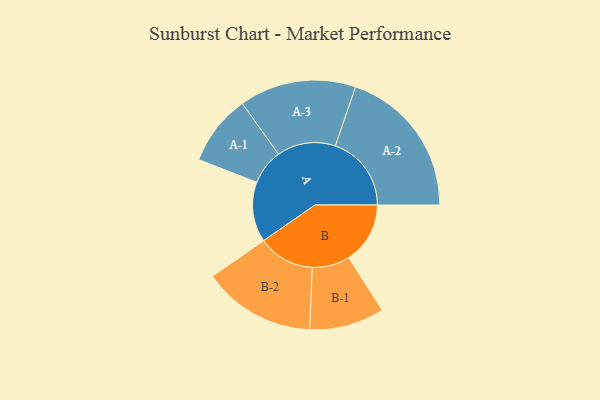
{"axis": {"x": "Segment", "y": "Value"}, "legend": ["", "A", "B"], "data": [{"x": "A", "y": 221, "type": ""}, {"x": "B", "y": 226, "type": ""}, {"x": "A-1", "y": 130, "type": "A"}, {"x": "A-2", "y": 280, "type": "A"}, {"x": "A-3", "y": 215, "type": "A"}, {"x": "B-1", "y": 138, "type": "B"}, {"x": "B-2", "y": 208, "type": "B"}]}